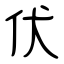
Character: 伏